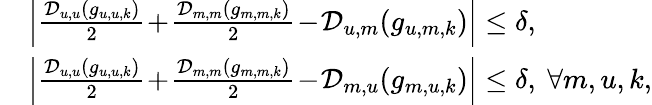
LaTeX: \begin{array}{rl}&{\left|\frac{\mathcal{D}_{u,u}(g_{u,u,k})}{2}\! +\! \frac{\mathcal{D}_{m,m}(g_{m,m,k})}{2}\! -\! \mathcal{D}_{u,m}(g_{u,m,k})\right|\leq\delta,}\\ &{\left|\frac{\mathcal{D}_{u,u}(g_{u,u,k})}{2}\! +\! \frac{\mathcal{D}_{m,m}(g_{m,m,k})}{2}\! -\! \mathcal{D}_{m,u}(g_{m,u,k})\right|\leq\delta,~\forall m,u,k,}\end{array}